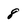
Character: 8